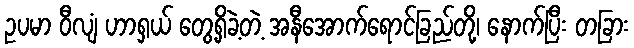
ဥပမာ ဝီလျံ ဟာရှယ် တွေ့ရှိခဲ့တဲ့ အနီအောက်ရောင်ခြည်တို့၊ နောက်ပြီး တခြား